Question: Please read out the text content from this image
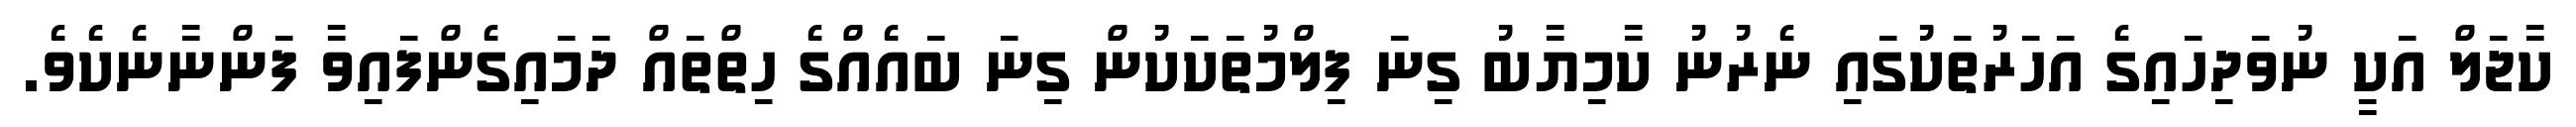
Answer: ކާޖަލް އަކީ ނުވަދިހައިގެ އަހަރުތަކުގައި ނެރުނު ކާމިޔާބު ގިނަ ފިލްމުތަކަކުން ގިނަ ބައެއްގެ ހިތްތައް ދަމައިގެންފައިވާ ފަންނާނެކެވެ.